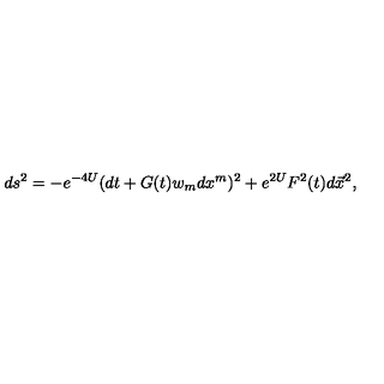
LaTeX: d s ^ { 2 } = - e ^ { - 4 U } ( d t + G ( t ) w _ { m } d x ^ { m } ) ^ { 2 } + e ^ { 2 U } F ^ { 2 } ( t ) d \vec { x } ^ { 2 } ,